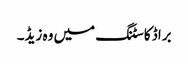
براڈ کاسٹنگ میں وہ زیڈ۔